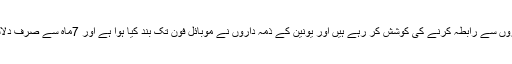
عارضی ملازمین یونین کے ذمہ داروں سے رابطہ کرنے کی کوشش کر رہے ہیں اور یونین کے ذمہ داروں نے موبائل فون تک بند کیا ہوا ہے اور 7ماہ سے صرف دلاسے آج اور کل میں ٹرخا رہے ہیں ۔